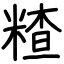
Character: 𥻗